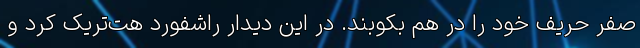
صفر حریف خود را در هم بکوبند. در این دیدار راشفورد هت‌تریک کرد و